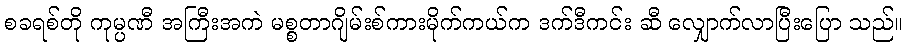
စခရစ်တို ကုမ္ပဏီ အကြီးအကဲ မစ္စတာဂျိမ်းစ်ကားမိုက်ကယ်က ဒက်ဒီကင်း ဆီ လျှောက်လာပြီးပြော သည်။